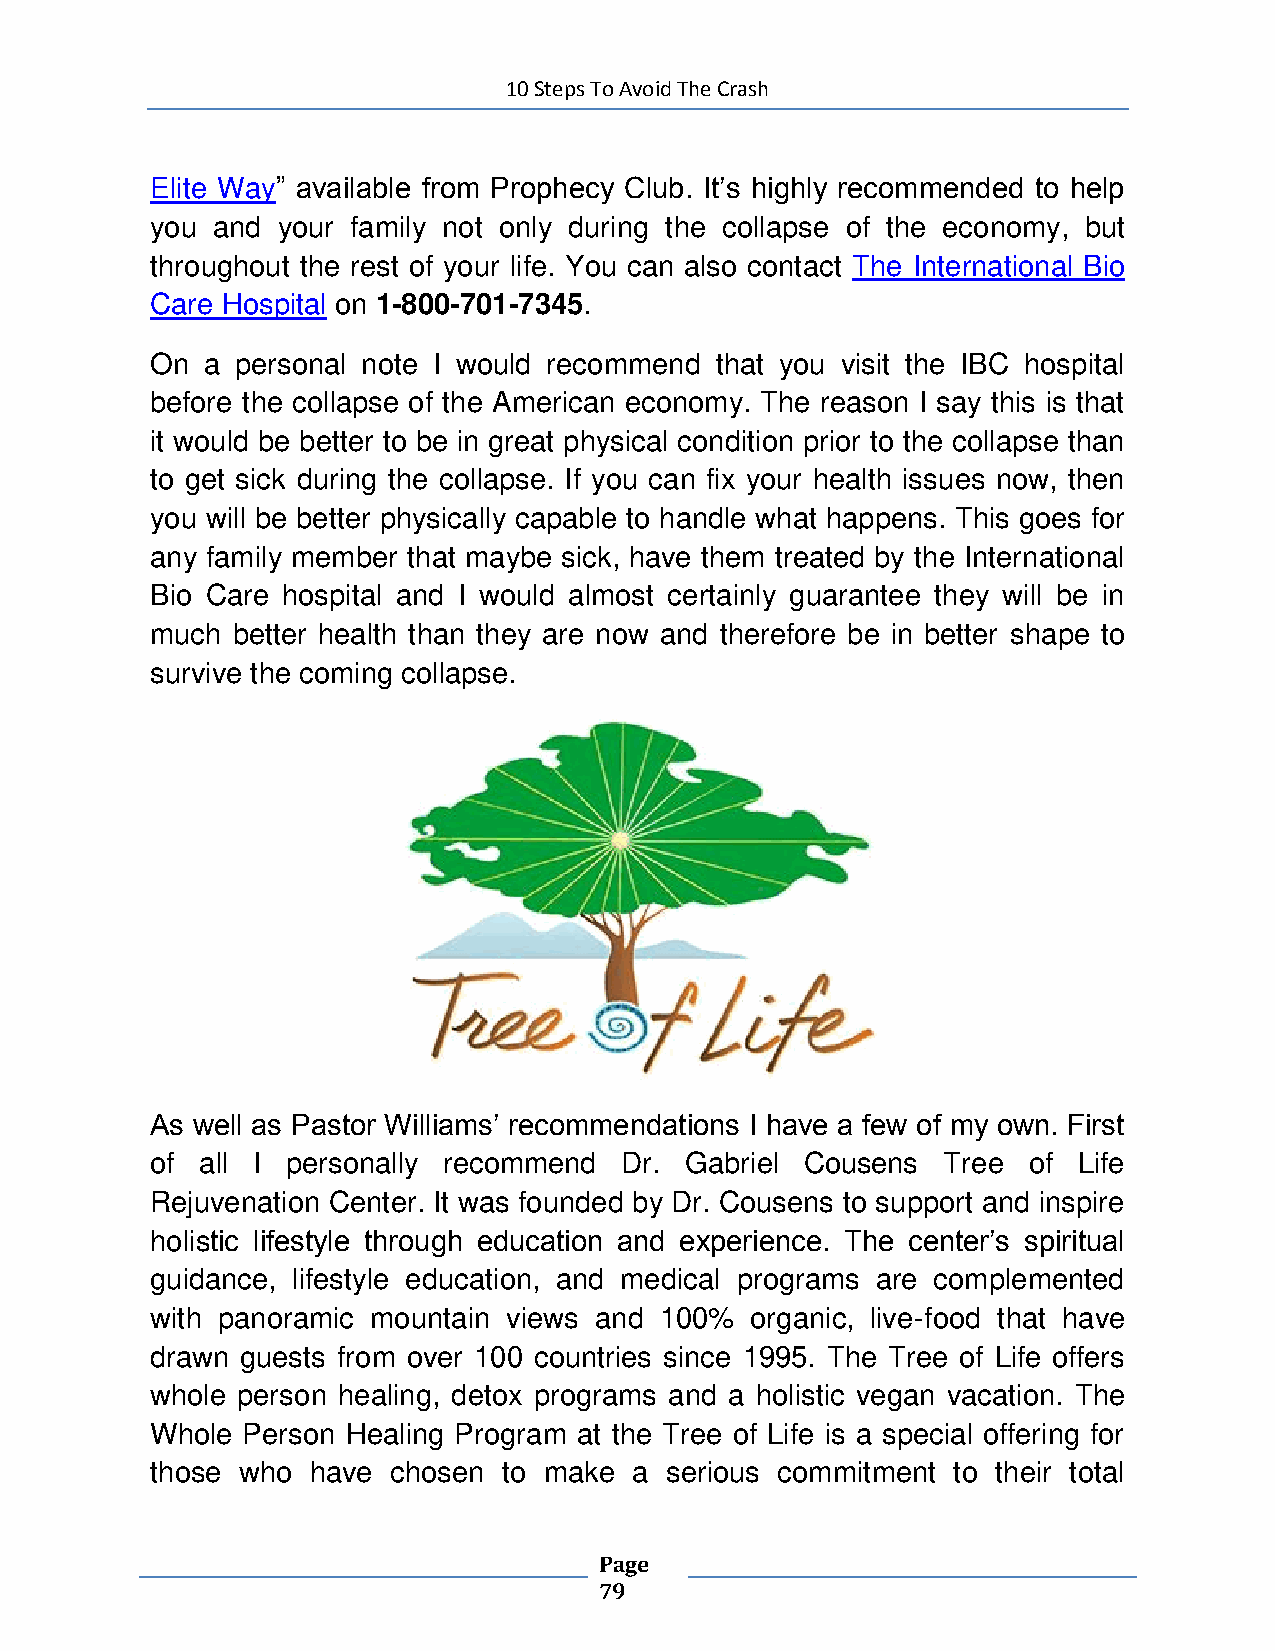
10 Steps To Avoid The Crash
 Elite Way” available from Prophecy Club. It’s highly recommended to help
 you and your family not only during the collapse of the economy, but
 throughout the rest of your life. You can also contact The International Bio
 Care Hospital on 1-800-701-7345.
 On a  personal note I would recommend that you visit the IBC hospital
 before the collapse of the American economy. The reason I say this is that
 it would be better to be in great physical condition prior to the collapse than
 to get sick during the collapse. If you can fix your health issues now, then
 you will be better physically capable to handle what happens. This goes for
 any family member that maybe sick, have them treated by the International
 Bio Care hospital and I would almost certainly guarantee they will be in
 much better health than they are now and therefore be in better shape to
 survive the coming collapse.
 As well as Pastor Williams’ recommendations I have a few of my own. First
 of all I personally recommend  Dr. Gabriel Cousens  Tree  of Life
 Rejuvenation Center. It was founded by Dr. Cousens to support and inspire
 holistic lifestyle through education and experience. The center’s spiritual
 guidance, lifestyle education, and medical programs are complemented
 with panoramic mountain views and 100%  organic, live-food that have
 drawn guests from over 100 countries since 1995. The Tree of Life offers
 whole person healing, detox programs and a holistic vegan vacation. The
 Whole Person Healing Program at the Tree of Life is a special offering for
 those who  have chosen to make  a serious commitment to their total
 Page
 79